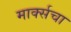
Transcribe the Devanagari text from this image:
मार्क्सचा